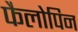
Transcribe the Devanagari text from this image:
फैलोपिन